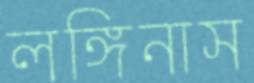
লঙ্গিনাস